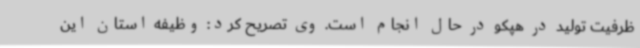
ظرفیت تولید در هپکو در حال انجام است. وی تصریح کرد: وظیفه استان این